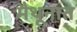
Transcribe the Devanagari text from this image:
मैथूनात